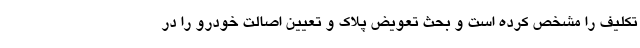
تکلیف را مشخص کرده است و بحث تعویض پلاک و تعیین اصالت خودرو را در